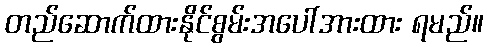
တည်ဆောက်ထားနိုင်စွမ်းအပေါ်အားထား ရမည်။